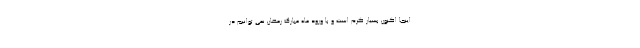
اینجا اکنون بسیار گرم است و با ورود ماه مبارک رمضان نمی توانیم در